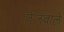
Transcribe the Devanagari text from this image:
तेजवाले